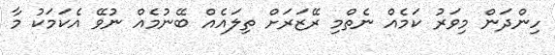
ހިންދަން މިވަރު ކަމެއް ނެތްމި ރޭޒަރަށް ތިލައެއް ބޭނުމެއް ނުވޭ އެކަމަކު މާ